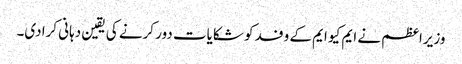
وزیراعظم نے ایم کیو ایم کے وفد کو شکایات دور کرنے کی یقین دہانی کرادی۔